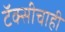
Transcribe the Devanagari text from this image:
टॅक्सीचाही